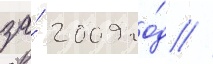
за́ 2009 го́д //